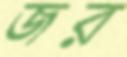
জর